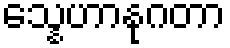
သ္နေဟာနုဂတာ